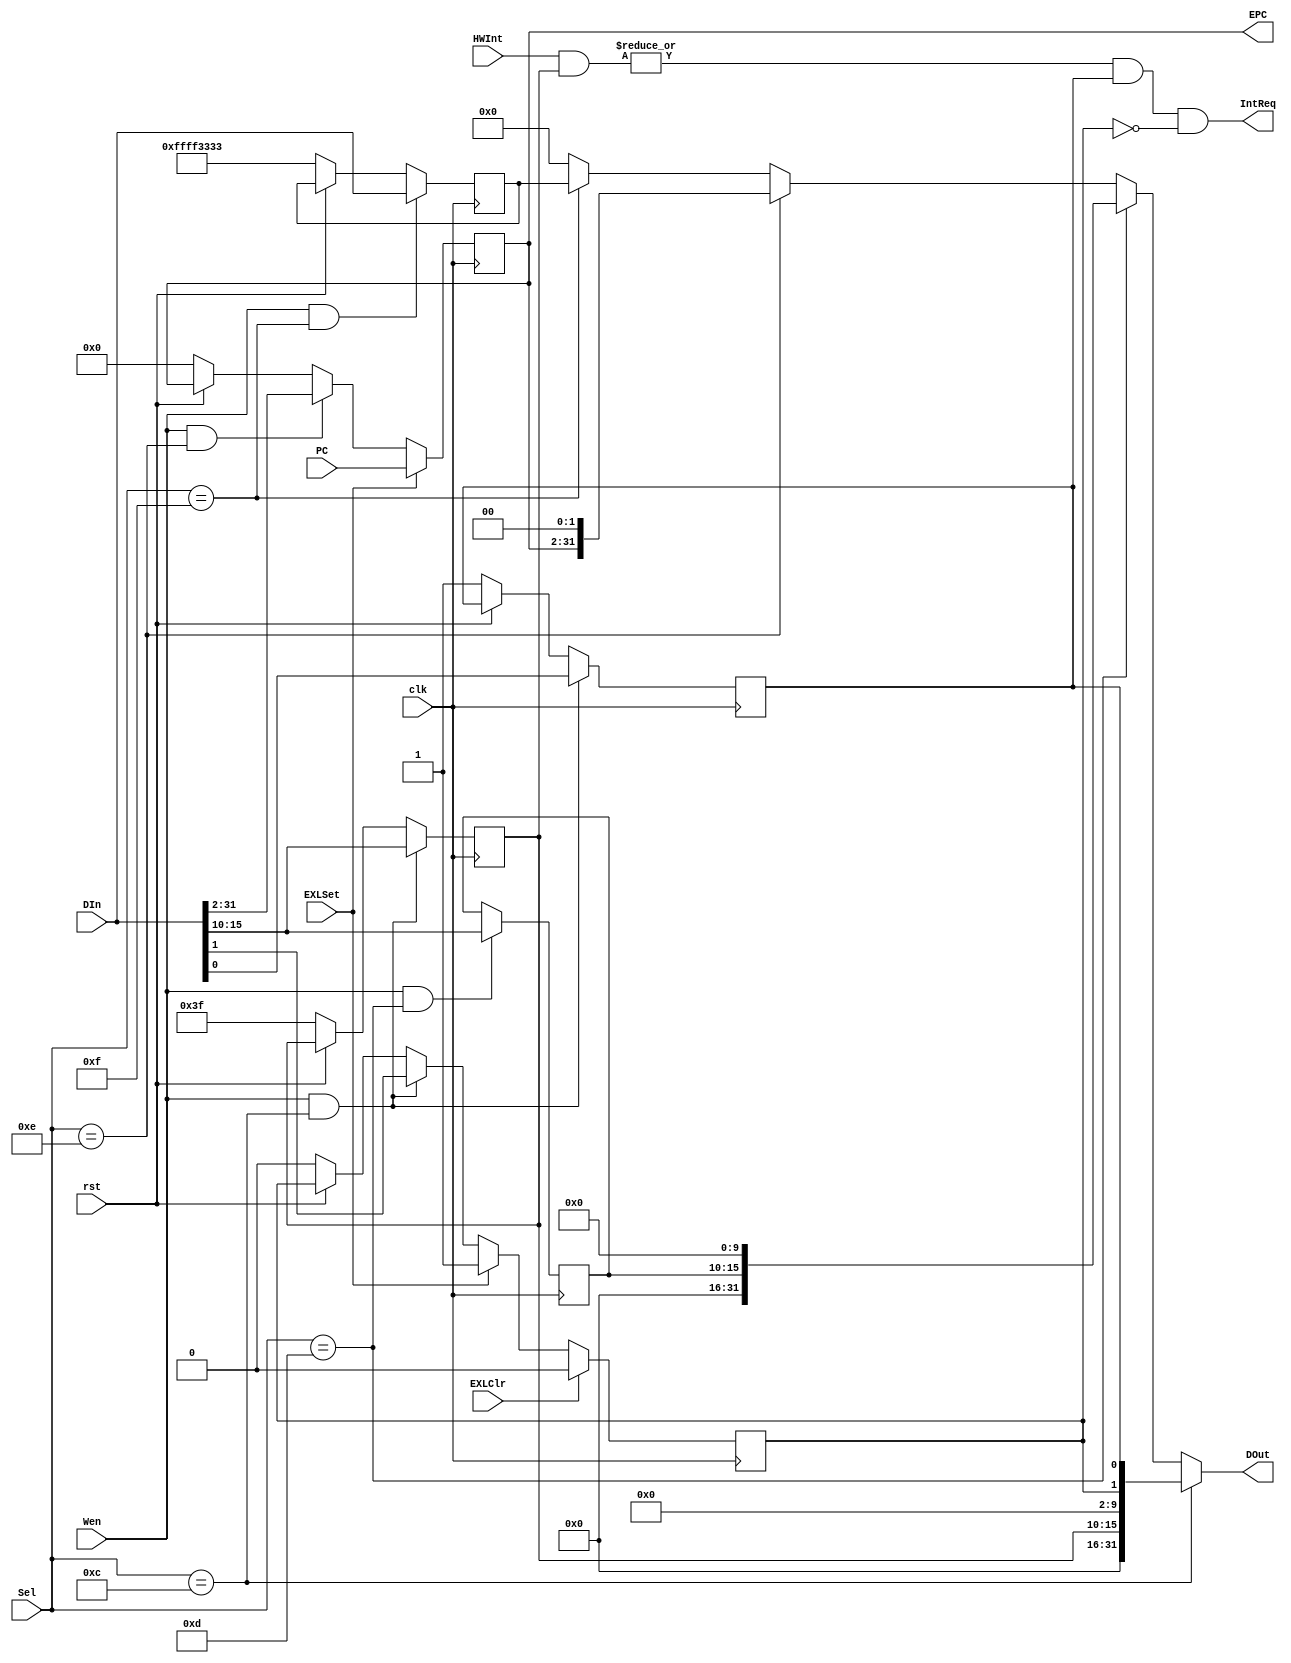
module cp0 ( PC , DIn , HWInt , Sel , Wen , EXLSet , EXLClr , clk , rst , IntReq , EPC , DOut ) ;
	input		[31:2]		PC     ;
	input		[31:0]		DIn    ;
	input		[7:2]		HWInt  ;
	input		[4:0]		Sel    ;
	input					Wen    ;
	input					EXLSet ;
	input					EXLClr ;
	input					clk    ;
	input					rst    ;
	output					IntReq ;
	output		[31:2]		EPC    ;
	output		[31:0]		DOut   ;
	
	reg			[15:10]		im ;
	reg						exl ;
	reg						ie ;
	reg			[15:10]		hwint_pend ;
	reg			[31:2]		epc ;
	reg			[31:0]		prid ;
	reg			[31:0]		DOut ;
	
	wire		[5:0]			imp ;
	
	
	assign imp = ( HWInt[7:2] & im[15:10] ) ;
	assign IntReq = (|imp) & ie & !exl ; 
	assign EPC = epc ;
	
	always @ ( posedge clk )
		begin
		if( rst == 0 )
		begin
			prid = 32'hffff_3333 ;
			epc = 32'b0 ;
			im = 6'b111111 ;
			exl = 1'b0 ;
			ie = 1'b1 ;
		end
		if( Wen && Sel == 5'd12 )
			{ im , exl , ie } = { DIn[15:10] , DIn[1] , DIn[0] } ;
		if( Wen && Sel == 5'd13 )
			hwint_pend = DIn[15:10] ;
		if( Wen && Sel == 5'd14 )
			epc = DIn[31:2] ;
		if( Wen && Sel == 5'd15 )
			prid = DIn ;
		if( EXLSet )
			begin
			exl = 1'b1 ;
			epc = PC ;
			end
		if( EXLClr )
			exl = 1'b0 ;
		end
		
	always @ ( * )
		begin
		DOut = 	( Sel == 5'd12 ) ? { 16'b0 , im , 8'b0 , exl , ie } :
				( Sel == 5'd13 ) ? { 16'b0 , hwint_pend , 10'b0 } :
				( Sel == 5'd14 ) ? { epc , 2'b0 } :
				( Sel == 5'd15 ) ? prid :
				32'b0 ;
		end
endmodule